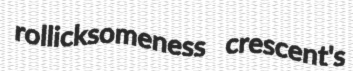
rollicksomeness crescent's